Civil Veterinary Department. United Provinces 1923-31 - 1923-1931
Year: 1923
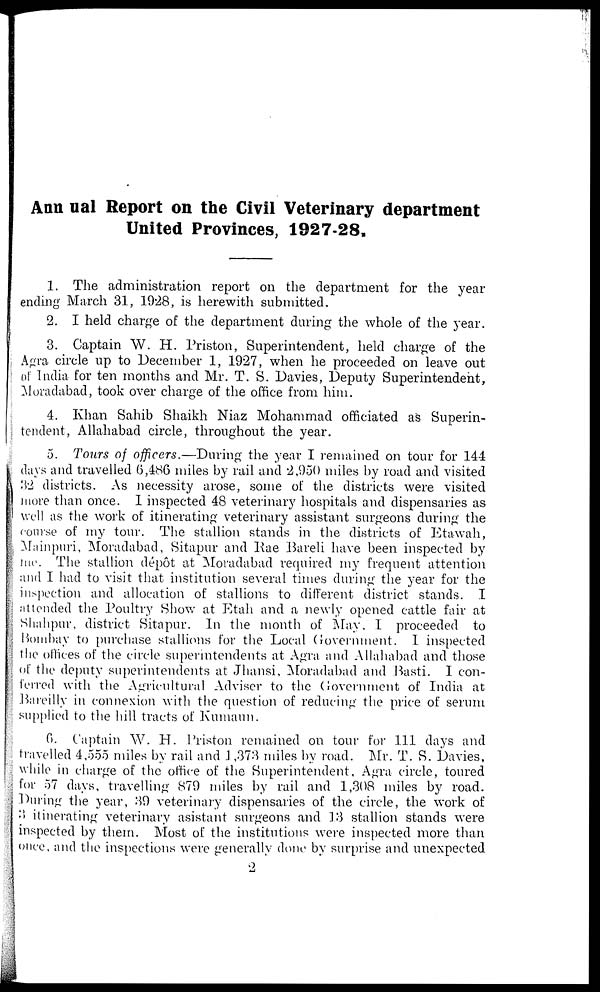
Annual Report on the Civil Veterinary department
United Provinces, 1927-28.
1. The administration report on the department for the year
ending March 31, 1928, is herewith submitted.
2. I held charge of the department during the whole of the year.
3. Captain W. H. Priston, Superintendent, held charge of the
Agra circle up to December 1, 1927, when he proceeded on leave out
of India for ten months and Mr. T. S. Davies, Deputy Superintendent,
Moradabad, took over charge of the office from him.
4. Khan Sahib Shaikh Niaz Mohammad officiated as Superin-
tendent, Allahabad circle, throughout the year.
5. Tours of officers.—During the year I remained on tour for 144
days and travelled (5,486 miles by rail and 2,950 miles by road and visited
32 districts. As necessity arose, some of the districts were visited
more than once. I inspected 48 veterinary hospitals and dispensaries as
well as the work of itinerating veterinary assistant surgeons during the
course of my tour. The stallion stands in the districts of Etawah,
Mainpuri, Moradabad, Sitapur and Rae Bareli have been inspected by
me. The stallion depot at Moradabad required my frequent attention
and I had to visit that institution several times during the year for the
inspection and allocation of stallions to different district stands. I
attended the Poultry Show at Etah and a newly opened cattle fair at
Shahpur, district Sitapur. In the month of May, I proceeded to
Bombay to purchase stallions for the Local Government. I inspected
the offices of the circle superintendents at Agra and Allahabad and those
of the deputy superintendents at Jhansi, Moradabad and Basti. I con-
ferred with the Agricultural Adviser to the Government of India at
Bareilly in connexion with the question of reducing the price of serum
supplied to the hill tracts of Kumaun.
6. Captain W. H. Priston remained on tour for 111 days and
travelled 4,555 miles by rail and 1,378 miles by road. Mr. T. S. Davies,
while in charge of the office of the Superintendent, Agra circle, toured
for 57 days, travelling 879 miles by rail and 1,308 miles by road.
During the year, 39 veterinary dispensaries of the circle, the work of
3 itinerating veterinary asistant surgeons and 13 stallion stands were
inspected by them. Most of the institutions were inspected more than
once, and the inspections were generally done by surprise and unexpected
2